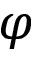
\varphi